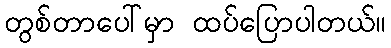
တွစ်တာပေါ်မှာ ထပ်ပြောပါတယ်။